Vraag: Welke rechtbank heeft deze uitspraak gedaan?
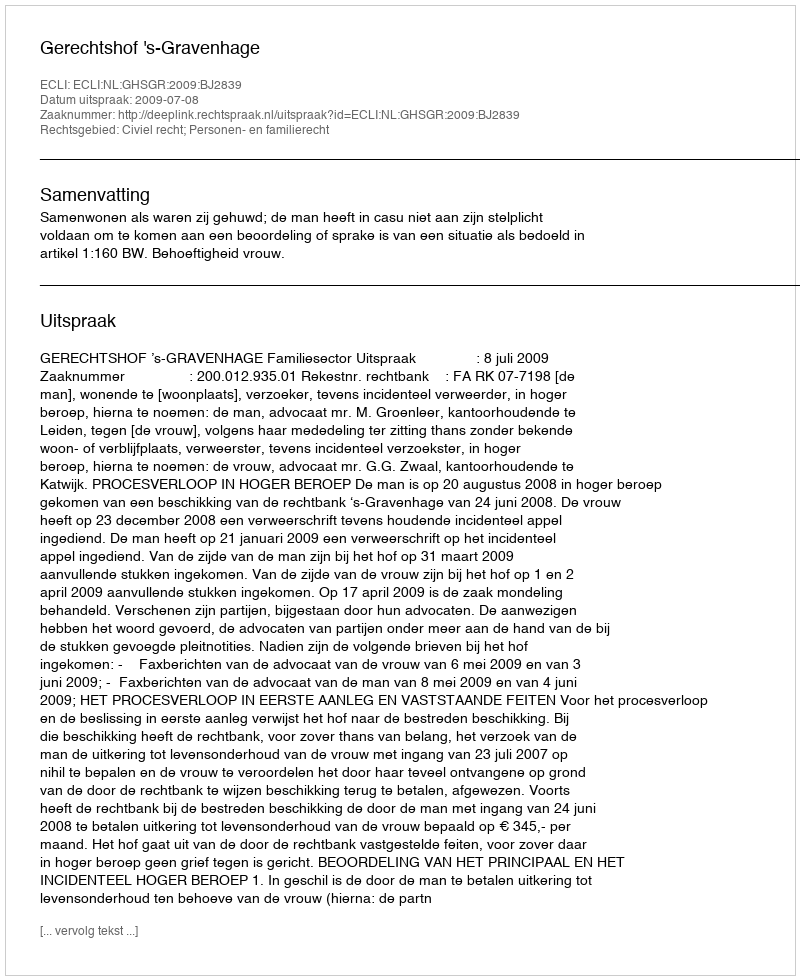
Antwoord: Gerechtshof 's-Gravenhage